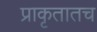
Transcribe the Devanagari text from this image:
प्राकृतातच